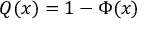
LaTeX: Q ( x ) = 1 - \Phi ( x )